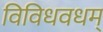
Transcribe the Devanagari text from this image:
विविधवधम्